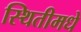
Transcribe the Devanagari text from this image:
स्थितीमधे